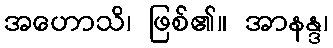
အဟောသိ၊ ဖြစ်၏။ အာနန္ဒ၊